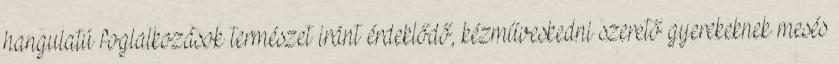
hangulatú foglalkozások természet iránt érdeklődő, kézműveskedni szerető gyerekeknek mesés